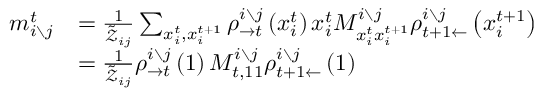
\begin{array} { r l } { m _ { i \setminus j } ^ { t } } & { = \frac { 1 } { \tilde { \mathcal { Z } } _ { i j } } \sum _ { x _ { i } ^ { t } , x _ { i } ^ { t + 1 } } \rho _ { \rightarrow t } ^ { i \setminus j } \left( x _ { i } ^ { t } \right) x _ { i } ^ { t } M _ { x _ { i } ^ { t } x _ { i } ^ { t + 1 } } ^ { i \setminus j } \rho _ { t + 1 \leftarrow } ^ { i \setminus j } \left( x _ { i } ^ { t + 1 } \right) } \\ & { = \frac { 1 } { \tilde { \mathcal { Z } } _ { i j } } \rho _ { \rightarrow t } ^ { i \setminus j } \left( 1 \right) M _ { t , 1 1 } ^ { i \setminus j } \rho _ { t + 1 \leftarrow } ^ { i \setminus j } \left( 1 \right) } \end{array}